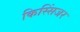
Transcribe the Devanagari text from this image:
किस्सिंजर